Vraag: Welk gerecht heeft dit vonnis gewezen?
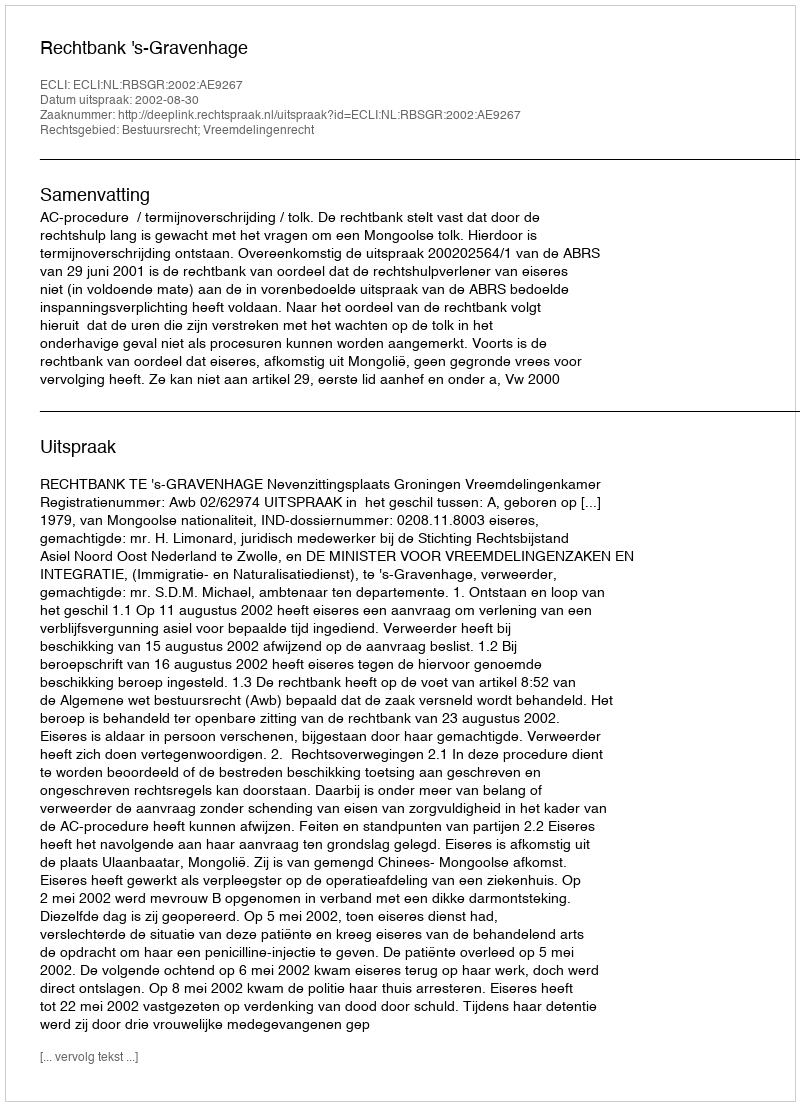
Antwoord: Rechtbank 's-Gravenhage